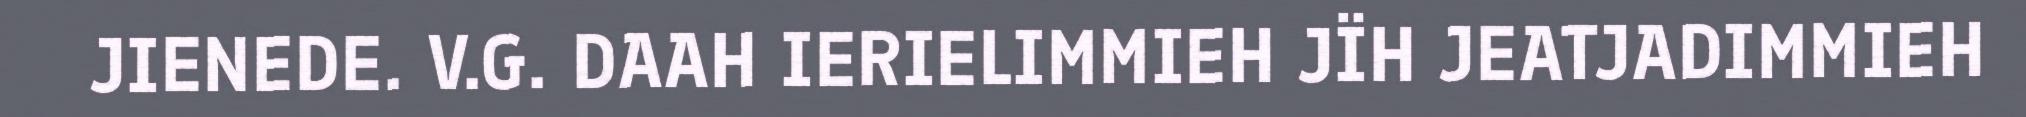
JIENEDE. V.G. DAAH IERIELIMMIEH JÏH JEATJADIMMIEH